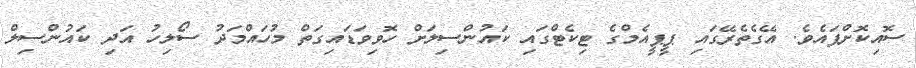
ސޮއިކޮށްފައެވެ. އޭގެތެރޭގައި ޕީޕީއެމްގެ ޓިކެޓްގައި ކައުންސިލަށް ހޮވިވަޑައިގަތް މުހައްމަދު ސޯލިހު އަދި ކައުންސިލް